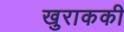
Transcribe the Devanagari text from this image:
खुराककी